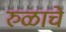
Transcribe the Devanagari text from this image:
रुळाचे